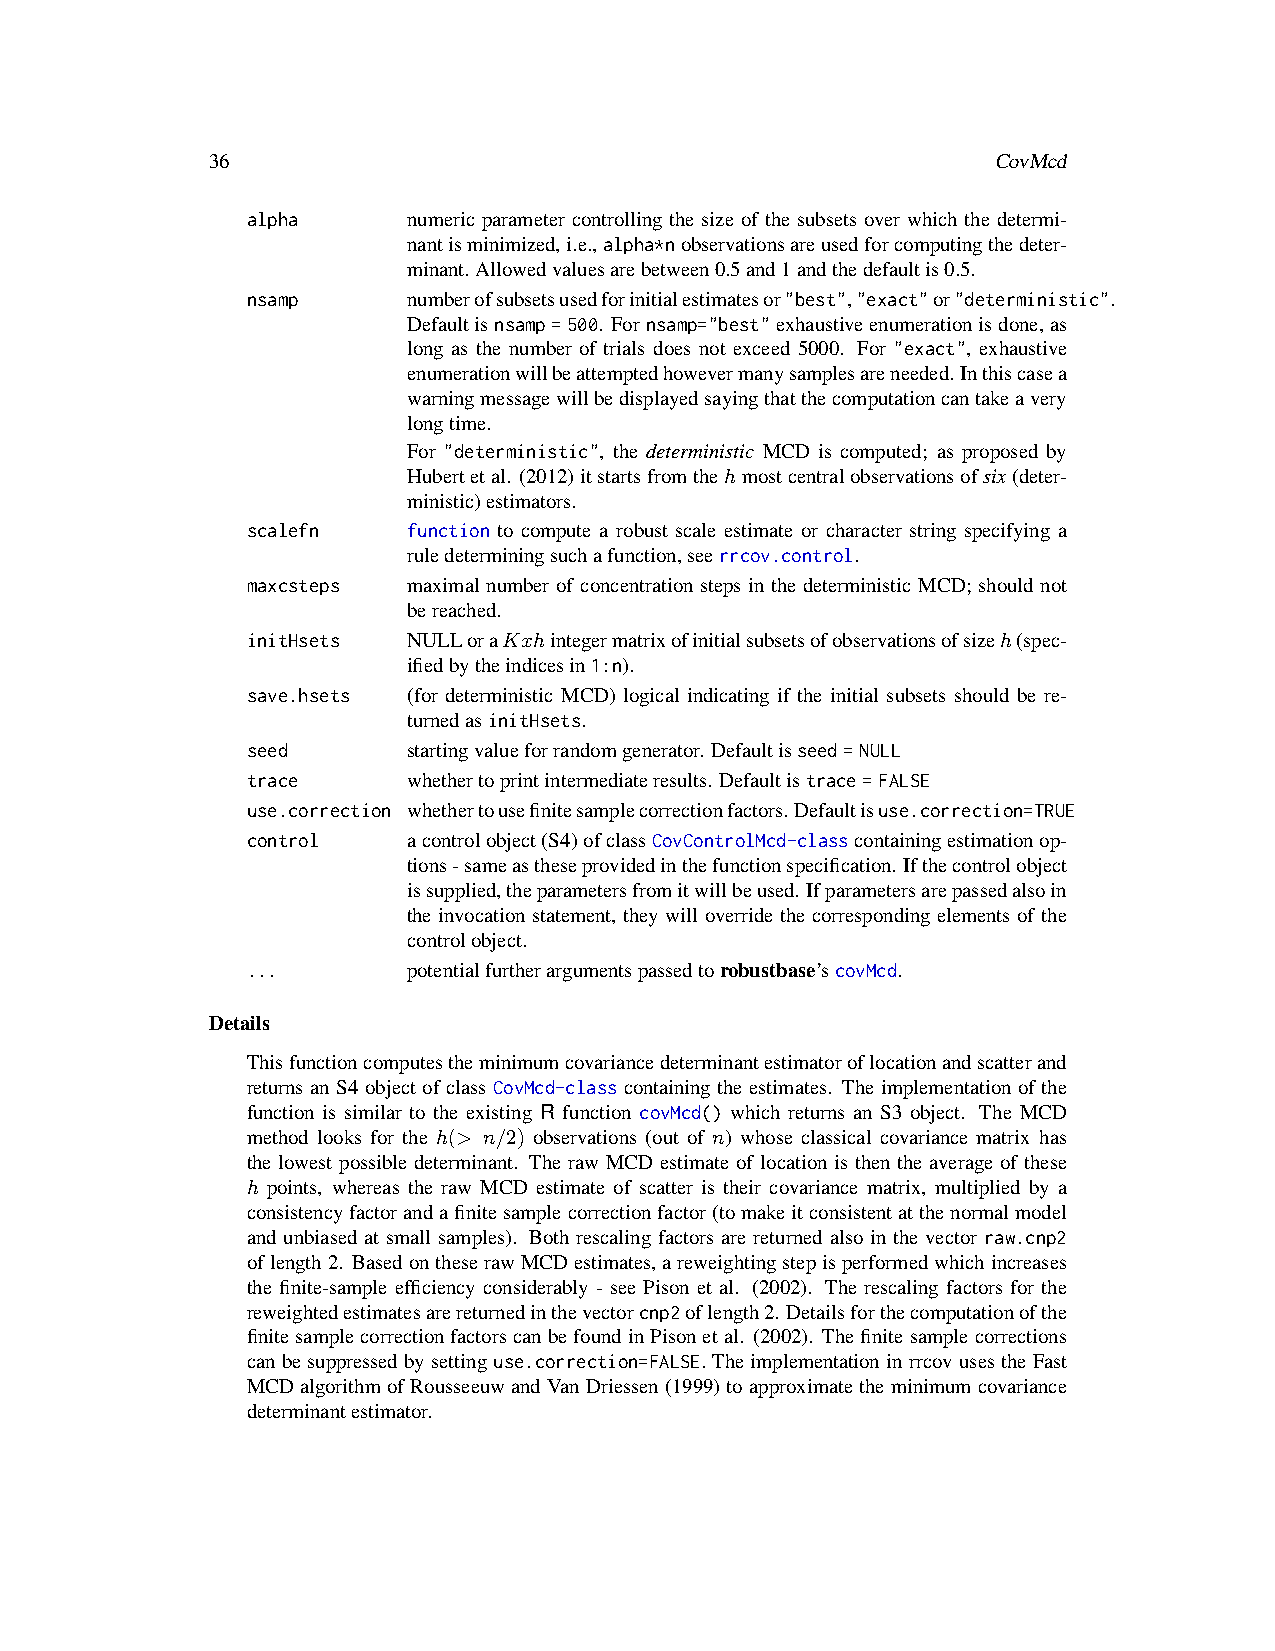
36                                                  CovMcd
 alpha      numeric parameter controlling the size of the subsets over which the determi-
 nantisminimized,i.e.,alpha*nobservationsareusedforcomputingthedeter-
 minant. Allowedvaluesarebetween0.5and1andthedefaultis0.5.
 nsamp      numberofsubsetsusedforinitialestimatesor"best","exact"or"deterministic".
 Defaultisnsamp=500. Fornsamp="best"exhaustiveenumerationisdone,as
 long as the number of trials does not exceed 5000. For "exact", exhaustive
 enumerationwillbeattemptedhowevermanysamplesareneeded. Inthiscasea
 warningmessagewillbedisplayedsayingthatthecomputationcantakeavery
 longtime.
 For "deterministic", the deterministic MCD is computed; as proposed by
 Hubertetal. (2012)itstartsfromthehmostcentralobservationsofsix(deter-
 ministic)estimators.
 scalefn    function to compute a robust scale estimate or character string specifying a
 ruledeterminingsuchafunction,seerrcov.control.
 maxcsteps  maximal number of concentration steps in the deterministic MCD; should not
 bereached.
 initHsets  NULLoraKxhintegermatrixofinitialsubsetsofobservationsofsizeh(spec-
 ifiedbytheindicesin1:n).
 save.hsets (for deterministic MCD) logical indicating if the initial subsets should be re-
 turnedasinitHsets.
 seed       startingvalueforrandomgenerator. Defaultisseed=NULL
 trace      whethertoprintintermediateresults. Defaultistrace=FALSE
 use.correction whethertousefinitesamplecorrectionfactors.Defaultisuse.correction=TRUE
 control    acontrolobject(S4)ofclassCovControlMcd-classcontainingestimationop-
 tions-sameastheseprovidedinthefunctionspecification. Ifthecontrolobject
 issupplied,theparametersfromitwillbeused. Ifparametersarepassedalsoin
 the invocation statement, they will override the corresponding elements of the
 controlobject.
 ...        potentialfurtherargumentspassedtorobustbase’scovMcd.
 Details
 Thisfunctioncomputestheminimumcovariancedeterminantestimatoroflocationandscatterand
 returns an S4 object of class CovMcd-class containing the estimates. The implementation of the
 function is similar to the existing R function covMcd() which returns an S3 object. The MCD
 method looks for the h(> n/2) observations (out of n) whose classical covariance matrix has
 the lowest possible determinant. The raw MCD estimate of location is then the average of these
 h points, whereas the raw MCD estimate of scatter is their covariance matrix, multiplied by a
 consistencyfactorandafinitesamplecorrectionfactor(tomakeitconsistentatthenormalmodel
 and unbiased at small samples). Both rescaling factors are returned also in the vector raw.cnp2
 oflength2. BasedontheserawMCDestimates,areweightingstepisperformedwhichincreases
 the finite-sample efficiency considerably - see Pison et al. (2002). The rescaling factors for the
 reweightedestimatesarereturnedinthevectorcnp2oflength2. Detailsforthecomputationofthe
 finitesamplecorrectionfactorscanbefoundinPisonetal. (2002). Thefinitesamplecorrections
 canbesuppressedbysettinguse.correction=FALSE.TheimplementationinrrcovusestheFast
 MCD algorithm of Rousseeuw and Van Driessen(1999) to approximate the minimum covariance
 determinantestimator.